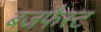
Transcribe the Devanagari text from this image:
बजफैस्ट